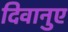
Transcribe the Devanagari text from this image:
दिवानुए